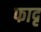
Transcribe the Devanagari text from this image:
फादृ